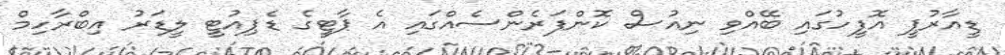
ޑީއާރުޕީ އޮފީހުގައި ބޭއްވި ނިއުސް ކޮންފަރެންސެއްގައި އެ ޕާޓީގެ ޑެޕިއުޓީ ލީޑަރު އިބްރާހިމް